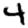
Digit: 4